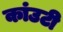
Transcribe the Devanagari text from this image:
कांउटी